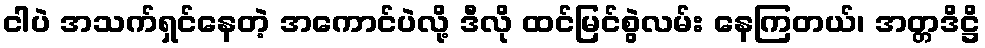
ငါပဲ အသက်ရှင်နေတဲ့ အကောင်ပဲလို့ ဒီလို ထင်မြင်စွဲလမ်း နေကြတယ်၊ အတ္တဒိဋ္ဌိ